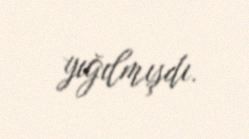
yığılmışdı.